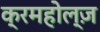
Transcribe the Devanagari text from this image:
क्रमहोल्ज़